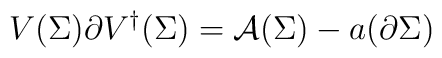
V(\Sigma ) \partial V^{\dagger } (\Sigma ) ={\cal A} (\Sigma ) - a (\partial \Sigma )